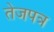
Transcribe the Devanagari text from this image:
तेजपत्र